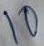
Text: 10